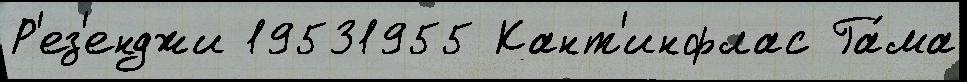
Р'ез'енджи 19531955 Кант'инфлас Га́ма